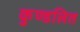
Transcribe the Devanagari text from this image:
कुण्डलित